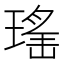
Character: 𱯖